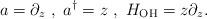
LaTeX: \begin{align*}a =\partial_z~,~a^\dagger = z~,~H_{\rm{OH}} = z\partial_z. \end{align*}